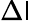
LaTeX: \Delta\mathsf{l}